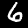
Label: 6